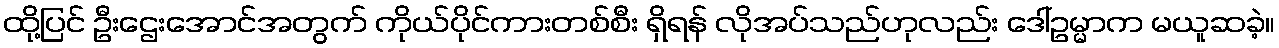
ထို့ပြင် ဦးဌေးအောင်အတွက် ကိုယ်ပိုင်ကားတစ်စီး ရှိရန် လိုအပ်သည်ဟုလည်း ဒေါ်ဥမ္မာက မယူဆခဲ့။